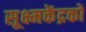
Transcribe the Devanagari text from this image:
सूक्ष्मकेंद्रकों